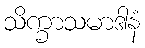
သိက္ခာသမာဒါနံ